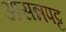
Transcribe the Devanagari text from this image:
आसन्नपट्ट